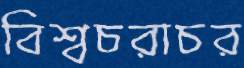
বিশ্বচরাচর